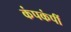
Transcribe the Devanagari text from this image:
कंपकंपीं